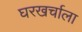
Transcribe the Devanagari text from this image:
घरखर्चाला